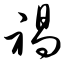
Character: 褐